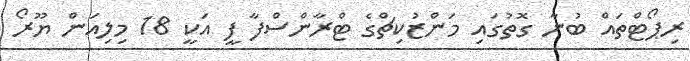
ރިޕޯޓްތައް ބުނާ ގޮތުގައި މަންޒުކިޗްގެ ޓްރާންސްފާ ފީ އަކީ 18 މިލިއަން ޔޫރޯ